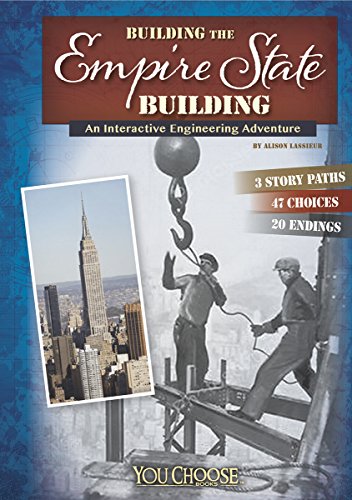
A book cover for Building the Empire State Building: An Interactive Engineering Adventure (You Choose: Engineering Marvels); Allison Lassieur; Children's Books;